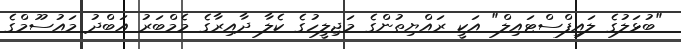
"ބުޅަލުގެ ލައިފްސްޓައިލް" އަކީ ރައްޔިތުންގެ މަޖިލީހުގެ ކެލާ ދާއިރާގެ މެމްބަރު އަބްދު މައުސޫމްގެ